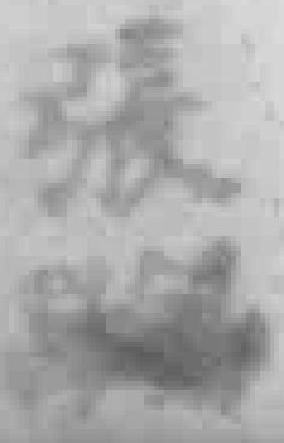
張*